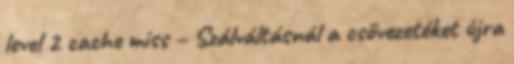
level 2 cache miss – Szálváltásnál a csővezetéket újra